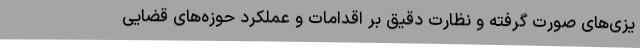
یزی‌های صورت‌ گرفته و نظارت دقیق بر اقدامات و عملکرد حوزه‌های قضایی